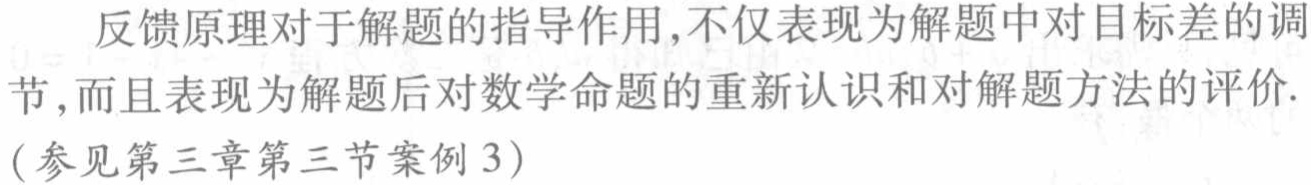
反馈原理对于解题的指导作用,不仅表现为解题中对目标差的调节,而且表现为解题后对数学命题的重新认识和对解题方法的评价.(参见第三章第三节案例3)